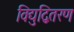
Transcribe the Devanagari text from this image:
विद्युद्वितरण